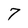
Character: 7